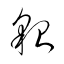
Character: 貌